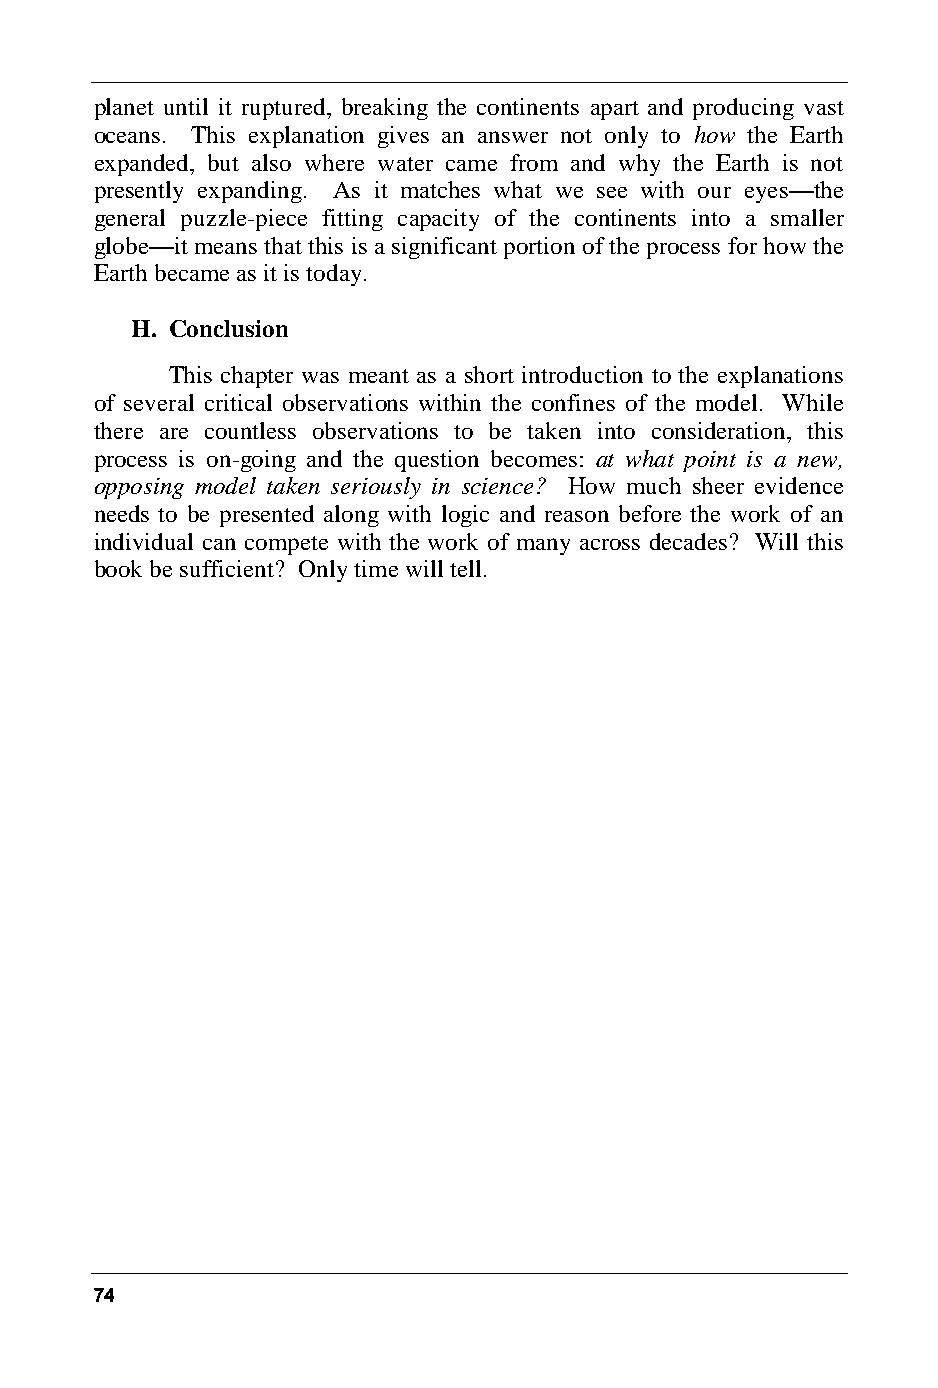
planet until it ruptured, breaking the continents apart and producing vast
 oceans. This explanation gives an answer not only to how the Earth
 expanded, but also where water came from and why the Earth is not
 presently expanding. As it matches what we see with our eyes—the
 general puzzle-piece fitting capacity of the continents into a smaller
 globe—it means that this is a significant portion of the process for how the
 Earth became as it is today.
 H. Conclusion
 This chapter was meant as a short introduction to the explanations
 of several critical observations within the confines of the model. While
 there are countless observations to be taken into consideration, this
 process is on-going and the question becomes: at what point is a new,
 opposing model taken seriously in science? How much sheer evidence
 needs to be presented along with logic and reason before the work of an
 individual can compete with the work of many across decades? Will this
 book be sufficient? Only time will tell.
 74